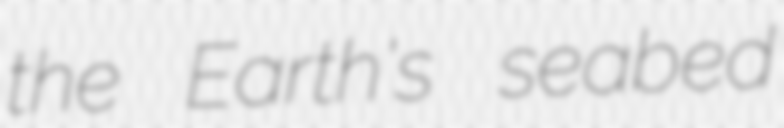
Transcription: the Earth's seabed